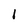
Character: 1